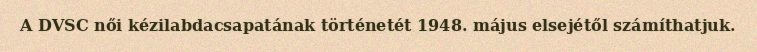
A DVSC női kézilabdacsapatának történetét 1948. május elsejétől számíthatjuk.